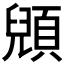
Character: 𲊲